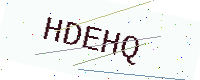
Text: HDEHQ